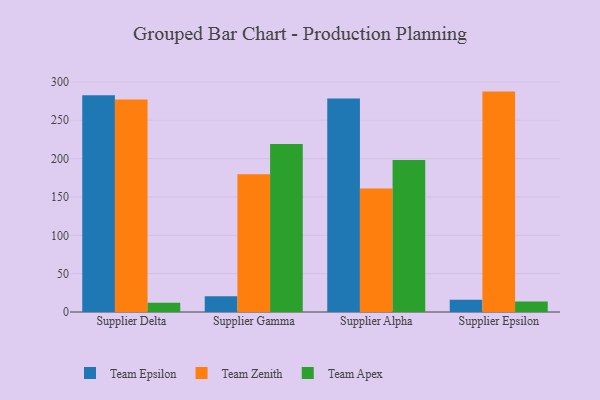
{"axis": {"x": "Supplier", "y": "Operating Costs (USD K)"}, "legend": ["Team Apex", "Team Epsilon", "Team Zenith"], "data": [{"x": "Supplier Delta", "y": 282.5, "type": "Team Epsilon"}, {"x": "Supplier Delta", "y": 277.1, "type": "Team Zenith"}, {"x": "Supplier Delta", "y": 12.1, "type": "Team Apex"}, {"x": "Supplier Gamma", "y": 20.7, "type": "Team Epsilon"}, {"x": "Supplier Gamma", "y": 179.6, "type": "Team Zenith"}, {"x": "Supplier Gamma", "y": 219.0, "type": "Team Apex"}, {"x": "Supplier Alpha", "y": 278.4, "type": "Team Epsilon"}, {"x": "Supplier Alpha", "y": 161.2, "type": "Team Zenith"}, {"x": "Supplier Alpha", "y": 198.1, "type": "Team Apex"}, {"x": "Supplier Epsilon", "y": 16.1, "type": "Team Epsilon"}, {"x": "Supplier Epsilon", "y": 287.4, "type": "Team Zenith"}, {"x": "Supplier Epsilon", "y": 13.8, "type": "Team Apex"}]}